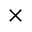
\times